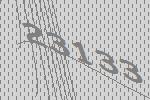
23133